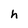
Character: h